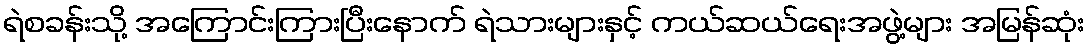
ရဲစခန်းသို့ အကြောင်းကြားပြီးနောက် ရဲသားများနှင့် ကယ်ဆယ်ရေးအဖွဲ့များ အမြန်ဆုံး